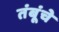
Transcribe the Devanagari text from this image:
तंबूंचे